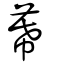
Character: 幕